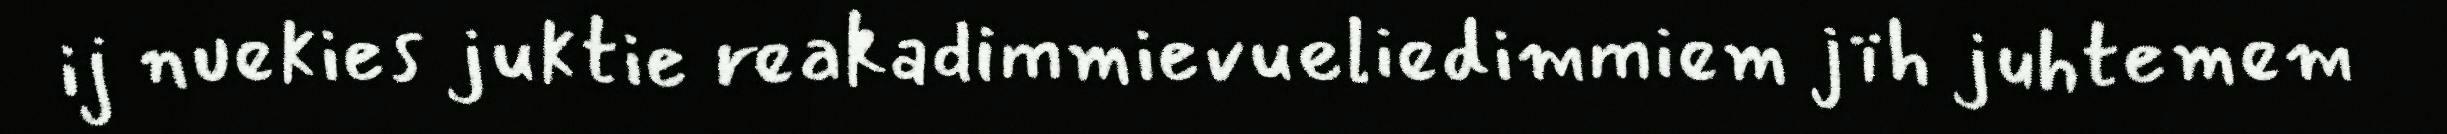
ij nuekies juktie reakadimmievueliedimmiem jïh juhtemem